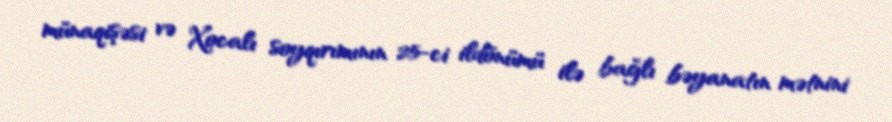
münaqişəsi və Xocalı soyqırımının 25-ci ildönümü ilə bağlı bəyanatın mətnini